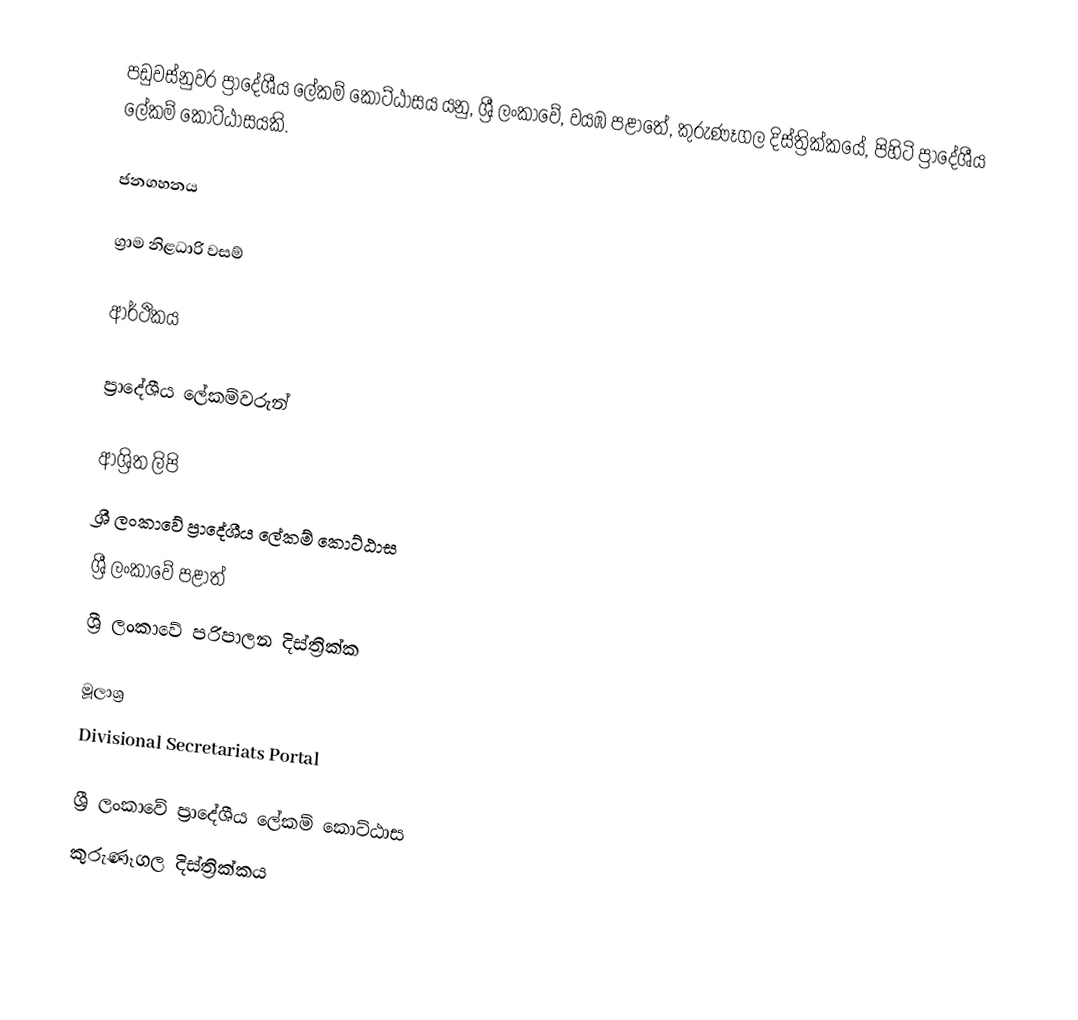
පඩුවස්නුවර ප්‍රාදේශීය ලේකම් කොට්ඨාසය යනු,  ශ්‍රී ලංකාවේ, වයඹ පළාතේ,   කුරුණෑගල දිස්ත්‍රික්කයේ, පිහිටි ප්‍රාදේශීය ලේකම් කොට්ඨාසයකි.

ජනගහනය

ග්‍රාම නිළධාරි වසම්

ආර්ථිකය

ප්‍රාදේශීය ලේකම්වරුන්

ආශ්‍රිත ලිපි
ශ්‍රී ලංකාවේ ප්‍රාදේශීය ලේකම් කොට්ඨාස
ශ්‍රී ලංකාවේ පළාත්
ශ්‍රී ලංකාවේ පරිපාලන දිස්ත්‍රික්ක

මූලාශ්‍ර
 Divisional Secretariats Portal

ශ්‍රී ලංකාවේ ප්‍රාදේශීය ලේකම් කොට්ඨාස
කුරුණෑගල දිස්ත්‍රික්කය